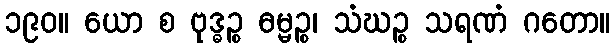
၁၉၀။ ယော စ ဗုဒ္ဓဉ္စ ဓမ္မဉ္စ၊ သံဃဉ္စ သရဏံ ဂတော။